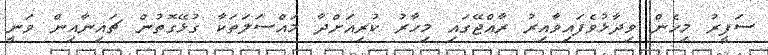
ސަފީރު މިހެން ވިދާޅުވެފައިވާއިރު ރާއްޖޭގައި މިހާރު ކުރިއަށްދާ މައްސަލަތަކާ ގުޅޭގޮތުން ޗައިނާއިން ވަނީ